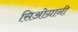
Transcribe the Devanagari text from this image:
सिओग्रानी